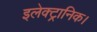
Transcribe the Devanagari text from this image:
इलेक्ट्रानिक।